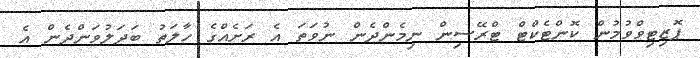
ޕޮޒިޓިވްވުމުން ކޮންޓެކްޓް ޓްރޭސިން ނިމެންދެން ނުވަތަ އެ ރަށެއްގެ ހާލަތު ބަދަލުވަންދެން އެ